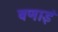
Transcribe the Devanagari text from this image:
वणाइं